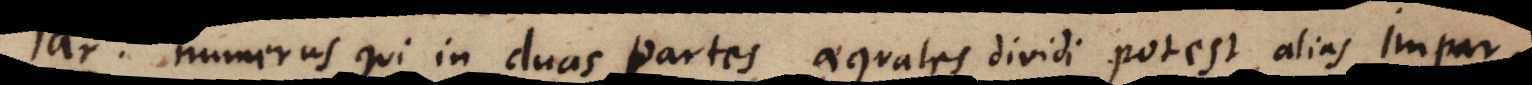
r, numerus qui in duas partes aequales dividi potest, alias i